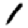
Digit: 1